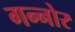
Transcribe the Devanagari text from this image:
गन्नोर